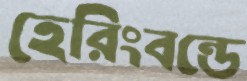
হেরিংবন্ডে